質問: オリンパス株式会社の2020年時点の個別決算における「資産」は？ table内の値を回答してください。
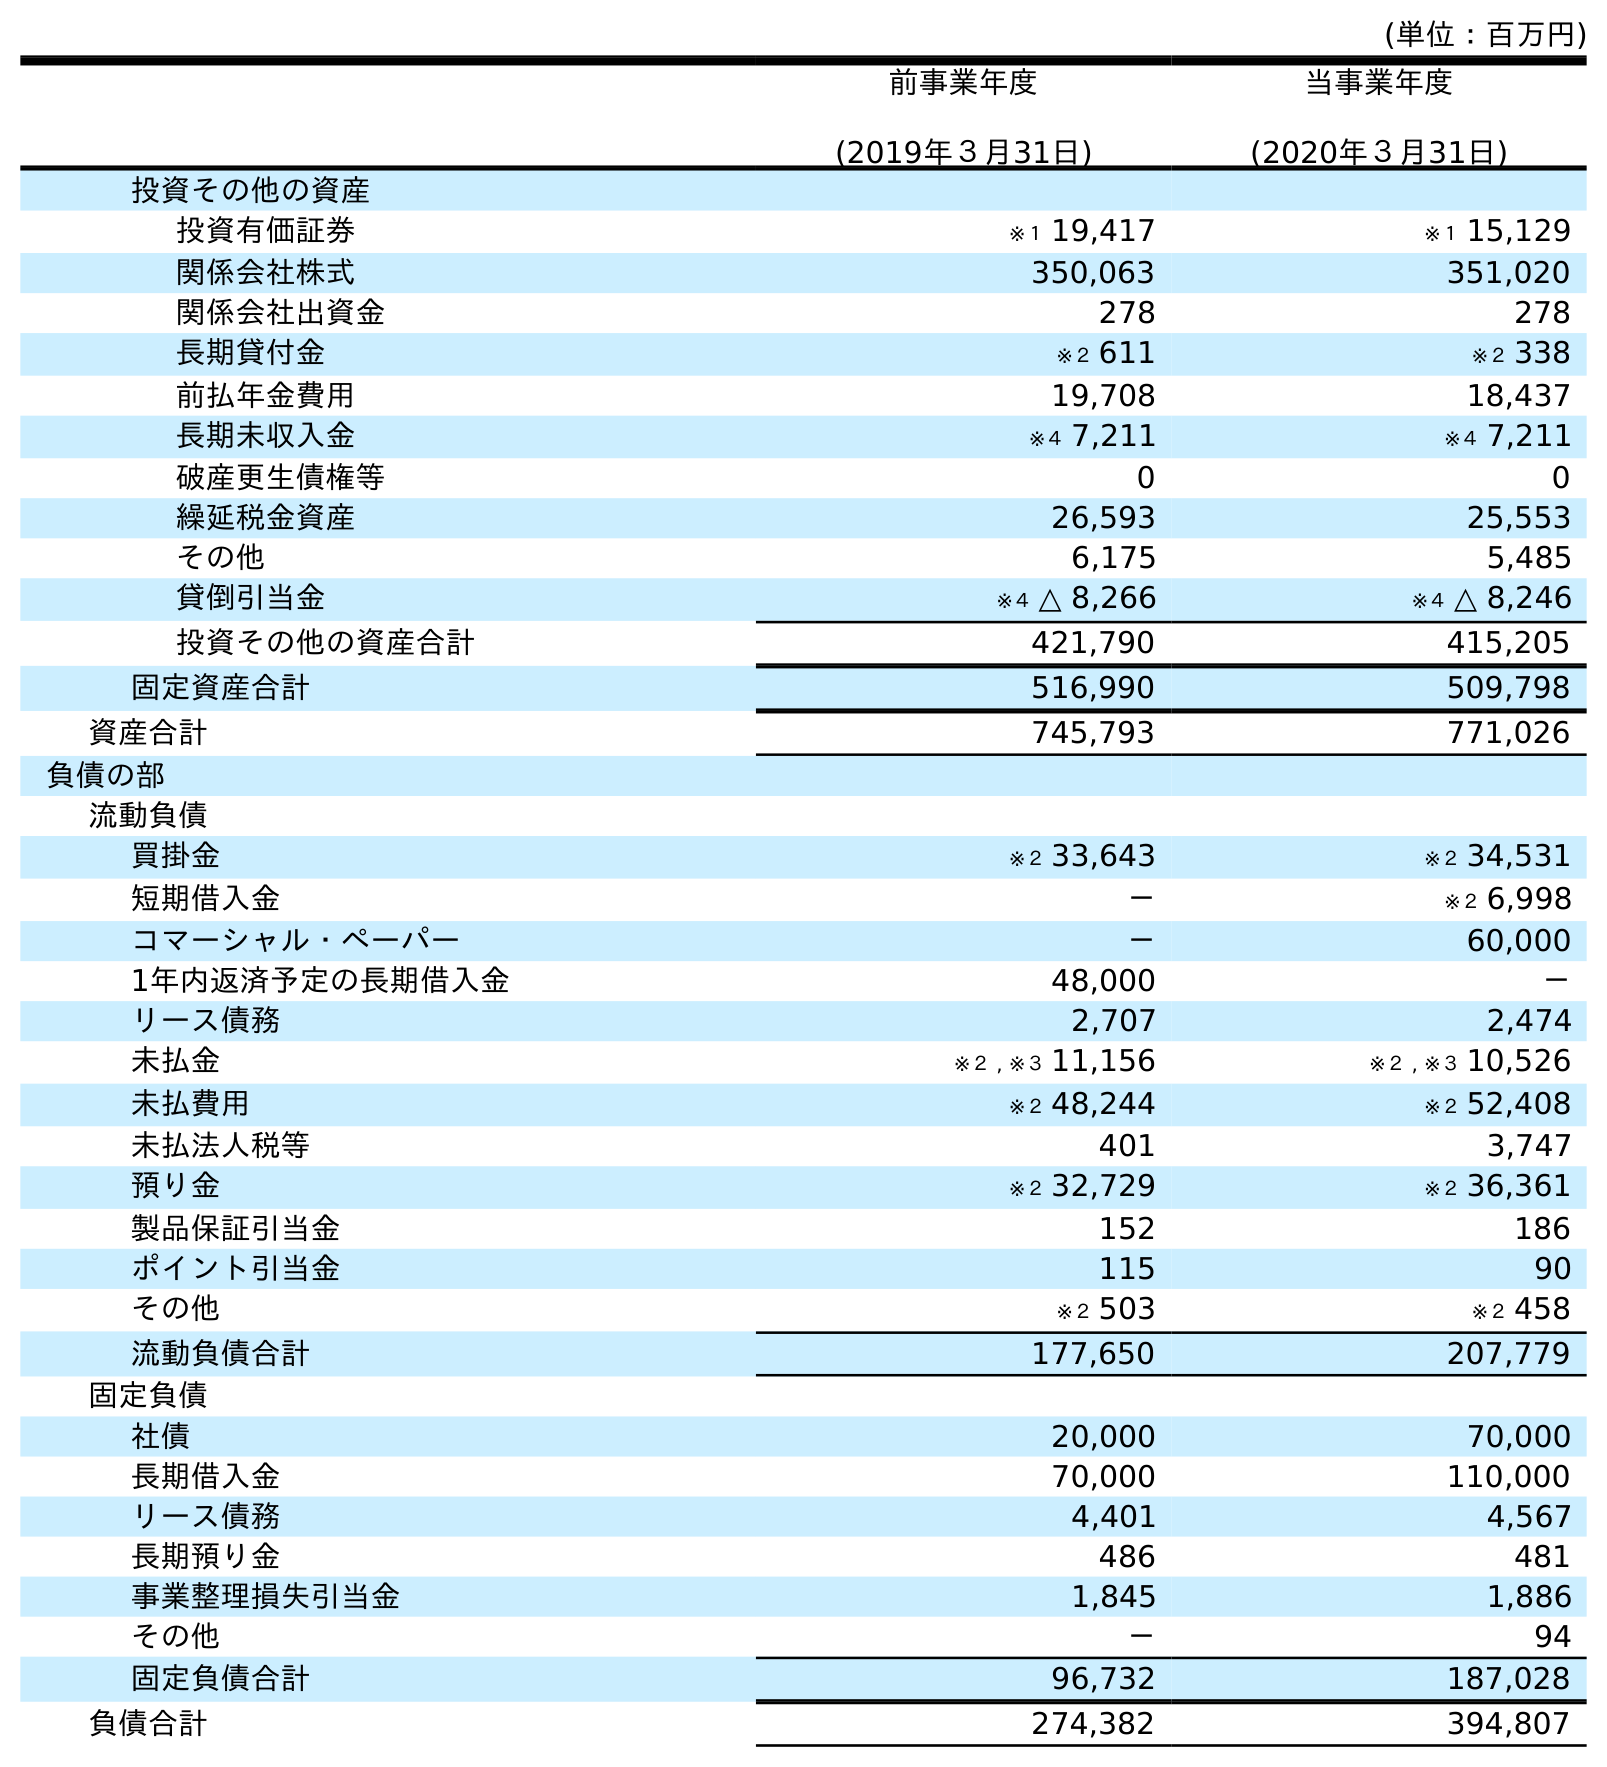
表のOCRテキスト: (単位：百万円) 前事業年度 (2019年３月31日) 当事業年度 (2020年３月31日) 投資その他の資産 投資有価証券 ※１ 19,417 ※１ 15,129 関係会社株式 350,063 351,020 関係会社出資金 278 278 長期貸付金 ※２ 611 ※２ 338 前払年金費用 19,708 18,437 長期未収入金 ※４ 7,211 ※４ 7,211 破産更生債権等 0 0 繰延税金資産 26,593 25,553 その他 6,175 5,485 貸倒引当金 ※４ △ 8,266 ※４ △ 8,246 投資その他の資産合計 421,790 415,205 固定資産合計 516,990 509,798 資産合計 745,793 771,026 負債の部 流動負債 買掛金 ※２ 33,643 ※２ 34,531 短期借入金 － ※２ 6,998 コマーシャル・ペーパー － 60,000 1年内返済予定の長期借入金 48,000 － リース債務 2,707 2,474 未払金 ※２ , ※３ 11,156 ※２ , ※３ 10,526 未払費用 ※２ 48,244 ※２ 52,408 未払法人税等 401 3,747 預り金 ※２ 32,729 ※２ 36,361 製品保証引当金 152 186 ポイント引当金 115 90 その他 ※２ 503 ※２ 458 流動負債合計 177,650 207,779 固定負債 社債 20,000 70,000 長期借入金 70,000 110,000 リース債務 4,401 4,567 長期預り金 486 481 事業整理損失引当金 1,845 1,886 その他 － 94 固定負債合計 96,732 187,028 負債合計 274,382 394,807
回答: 771,026